Leningradi_Edasi_toimetus, lk 174
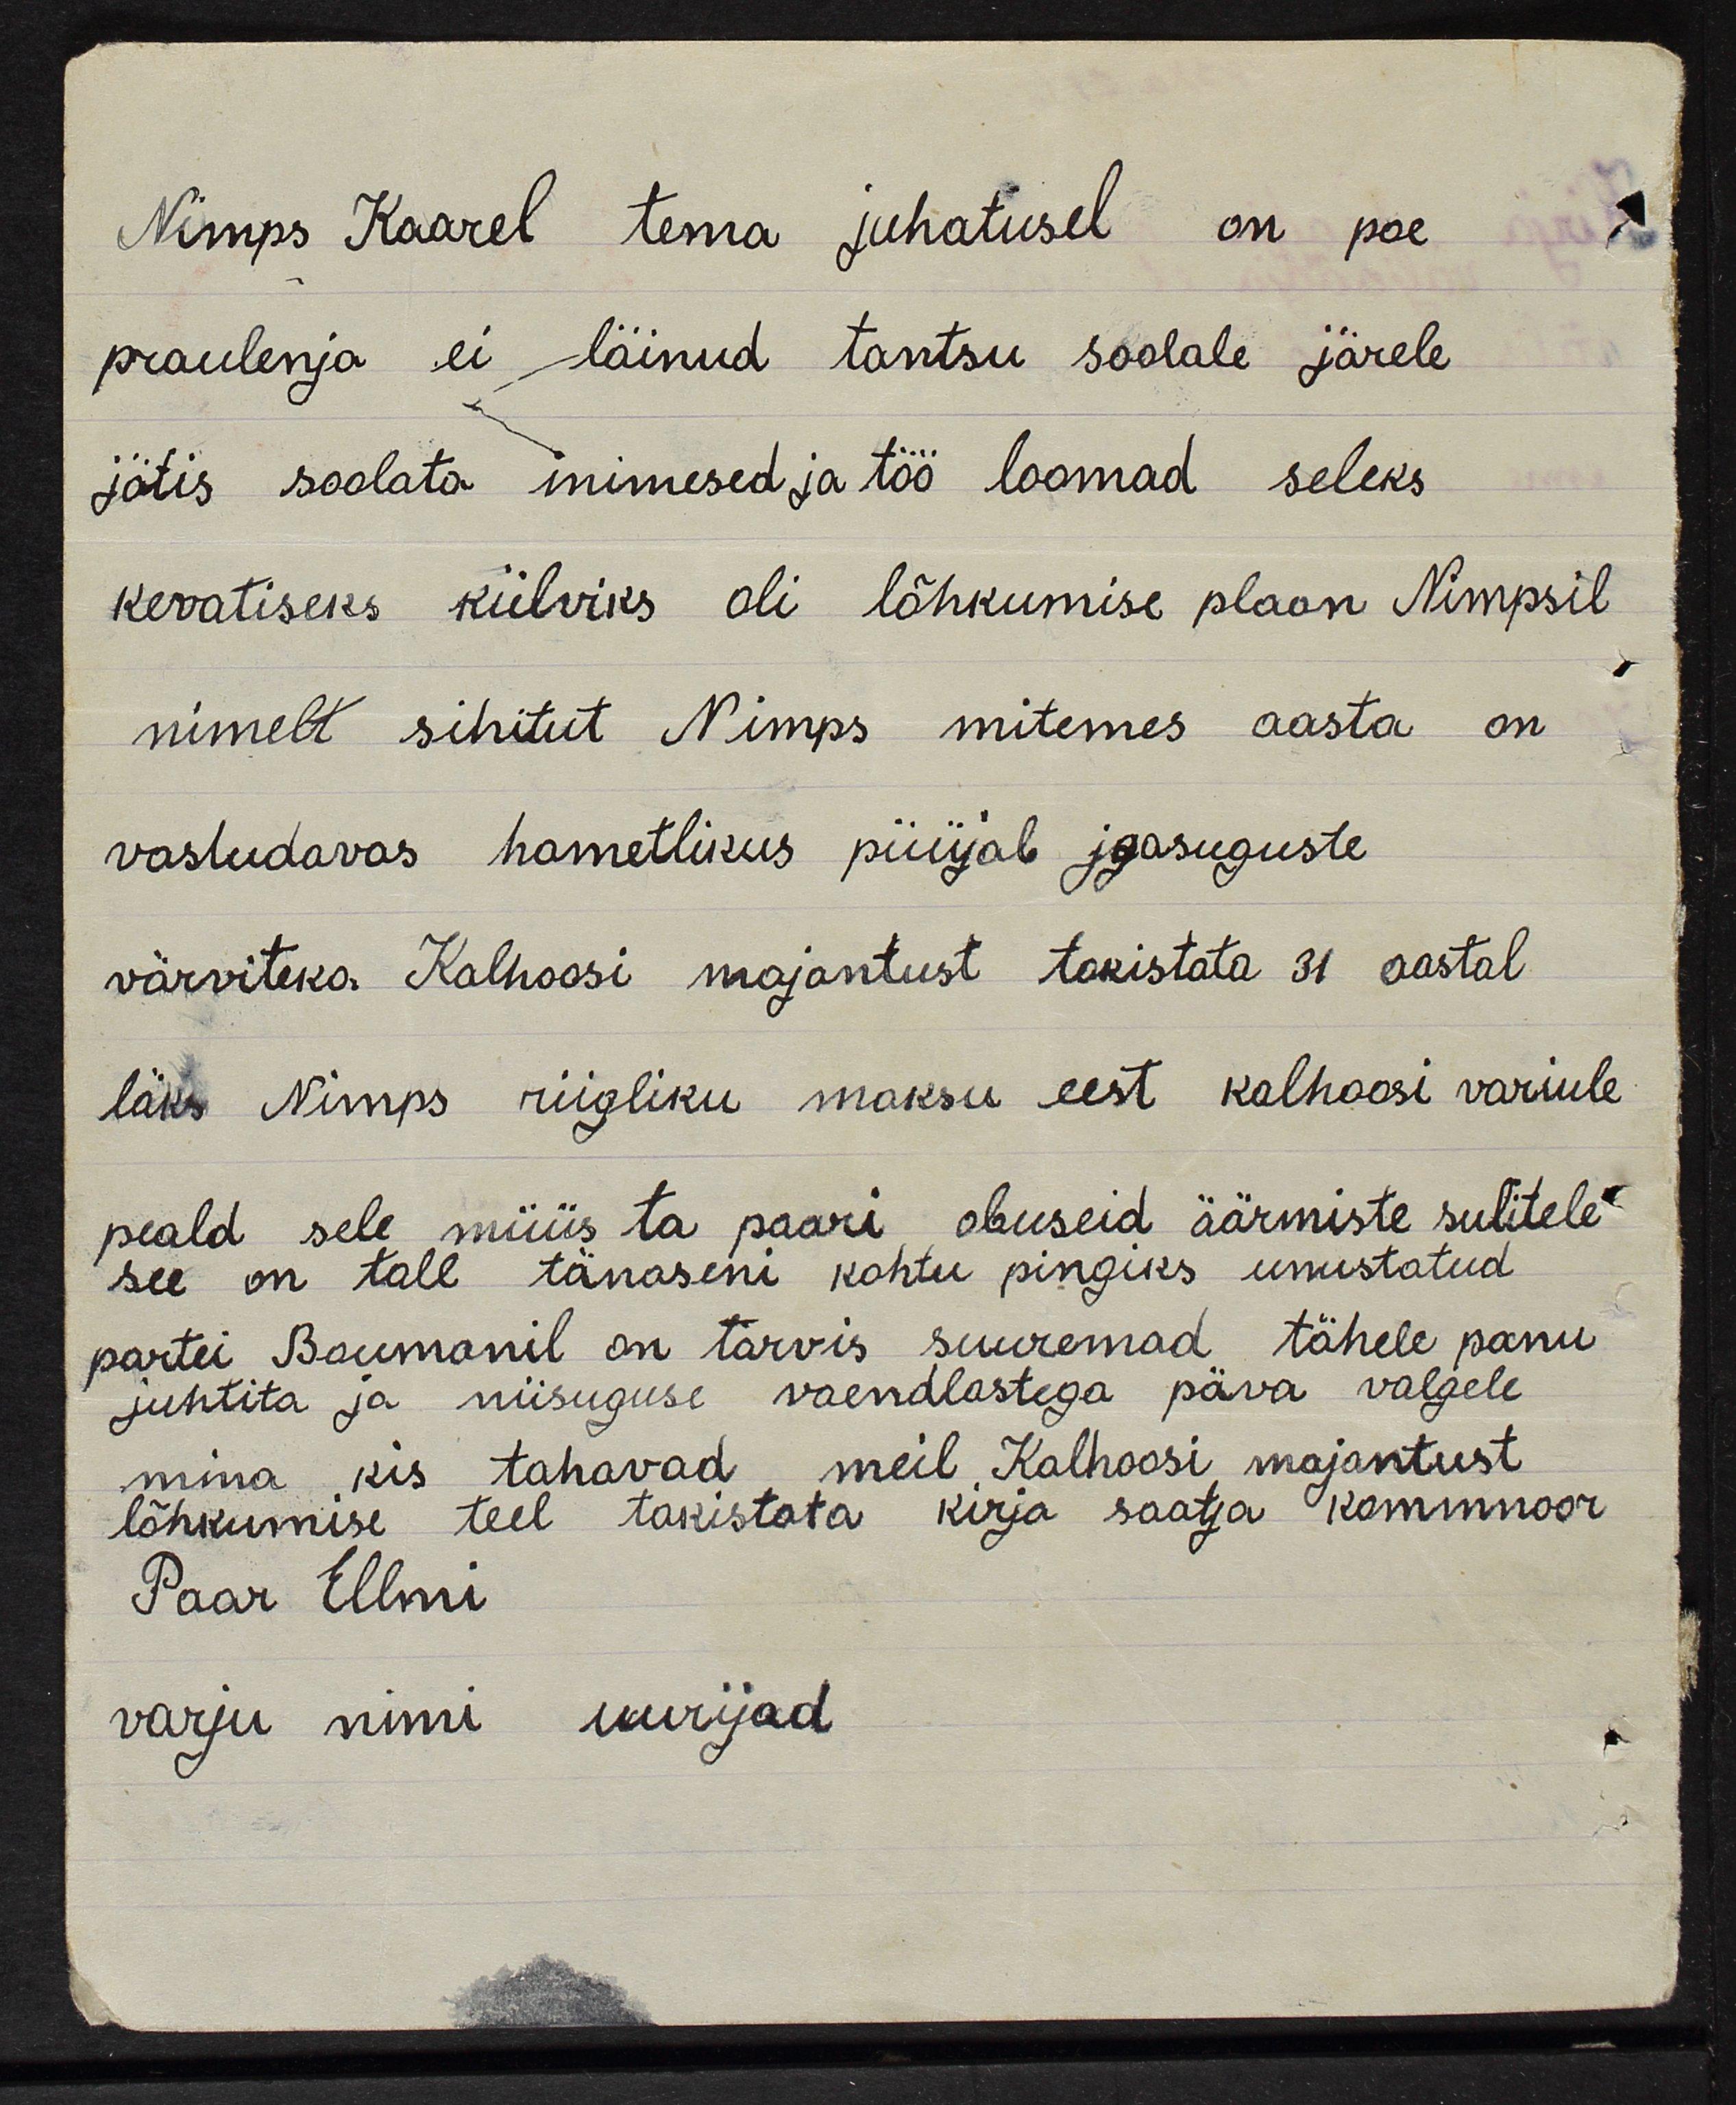
Nimps Kaarel tema juhatusel on poe
praulenja ei läinud tantsu soolale järele
jätis soolata inimesed ja töö loomad seleks
kevatiseks külviks oli lõhkumise plaan Nimpsil
nimelt sihitut Nimps mitemes aasta on
vastudavas hametlikus püüjab igasuguste
värviteks. Kalhoosi majantust takistata 31 aastal
läks Nimps riigliku maksu eest kolhoosi variule
peald sele müüs ta paari obuseid äärmiste sulitele.
see on tall tänaseni kohtu pingiks unustatud
partei Baumanil on tarvis suuremad tähele panu
juhtita ja niisuguse vaendlastega päva valgele.
mina, kis tahavad meil Kalhoosi majantust
lõhkumise teel takistata kirja saatja kommnoor
Paar Ellmi
varju nimi uurijad